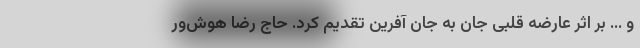
و ... بر اثر عارضه قلبی جان به جان آفرین تقدیم کرد. حاج رضا هوش‌ور